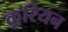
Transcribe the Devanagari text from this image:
कूरियन